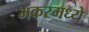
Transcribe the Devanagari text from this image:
मकरमध्ये